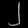
Digit: ၂